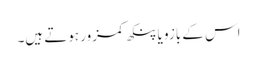
اس کے بازو یا پنکھ کمزور ہوتے ہیں۔